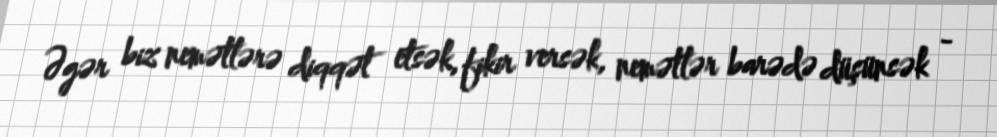
Əgər biz nemətlərə diqqət etsək, fikir versək, nemətlər barədə düşünsək -